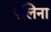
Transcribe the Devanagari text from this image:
पलिना